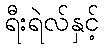
ရီးရဲလ်နှင့်